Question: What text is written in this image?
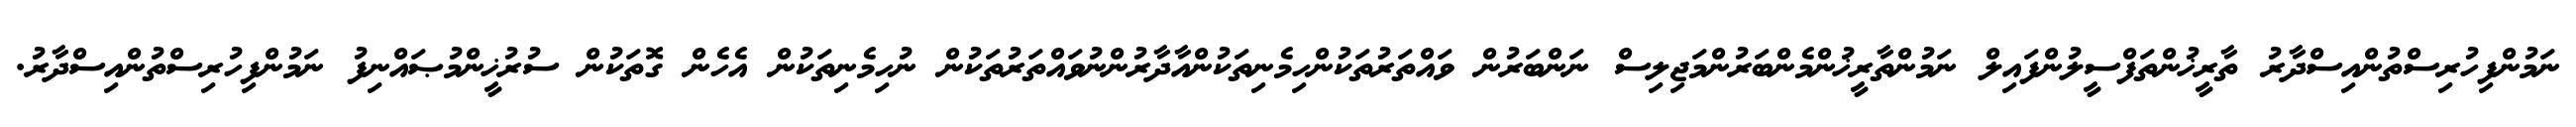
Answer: ނަމުންފިހުރިސްތުންއިސްދާރު ތާރީޚުންތަފްސީލުންފައިލް ނަމުންތާރީޚުންމެންބަރުންމަޖިލިސް ނަންބަރުން ވައްތަރުތަކުންހިމެނިތަކުންއާދާރުންނުވައްތަރުތަކުން ނުހިމެނިތަކުން އެހެން ގޮތަކުން ސުރުޚީންމުޞައްނިފު ނަމުންފިހުރިސްތުންއިސްދާރު.